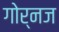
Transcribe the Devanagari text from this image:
गोर्नज